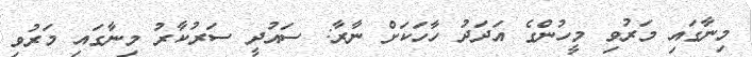
މިނާގައި މަރުވި މީހުންގެ އަދަދު ހާހަކަށް ނާރާ: ސައުދީ ސަރުކާރު މިނާގައި މަރުވި